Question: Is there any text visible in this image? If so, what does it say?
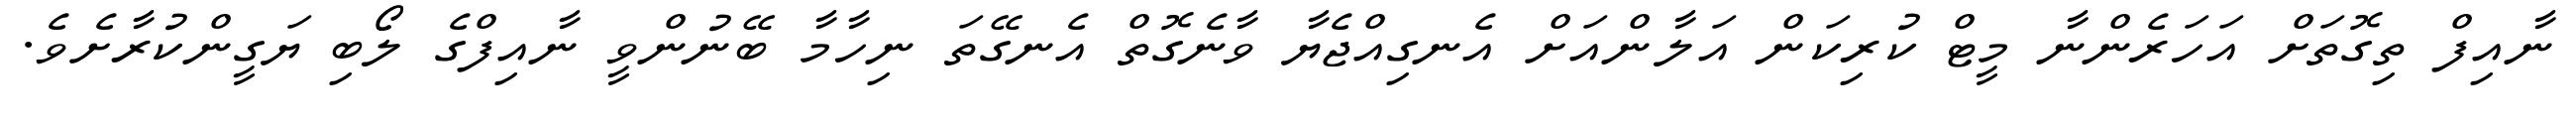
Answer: ނާއިފް ތިގޮތަށް އަހަރެންނާ މީޓް ކުރިކަން އަލާންއަށް އެނގިއްޖެޔާ ވާނެގޮތް އެނގޭތަ ނިހާމާ ބޭނުންވީ ނާއިފްގެ ލޯބި ޔަގީންކުރާށެވެ.